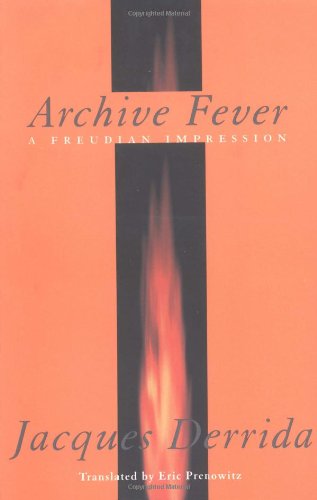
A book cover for Archive Fever: A Freudian Impression (Religion and Postmodernism); Jacques Derrida; Self-Help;